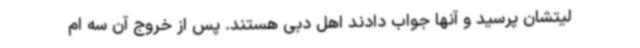
لیتشان پرسید و آنها جواب دادند اهل دبی هستند. پس از خروج آن سه ام